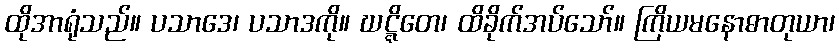
ထိုအာရုံသည်။ ပသာဒေ၊ ပသာဒကို။ ဃဋ္ဋိတေ၊ ထိခိုက်အပ်သော်။ ကြိယမနောဓာတုယာ၊